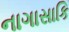
નાગાસાકિ